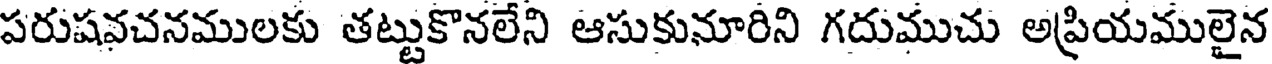
పరుషవచనములకు తట్టుకొనలేని ఆసుకునూరిని గదుముచు అప్రియములైన